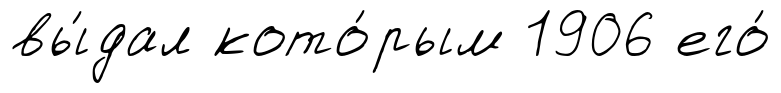
вы́дал кото́рым 1906 его́